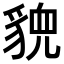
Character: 𬥉